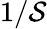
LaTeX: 1/\mathcal{S}